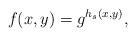
LaTeX: \begin{align*}f(x, y) = g^{h_s(x, y)},\end{align*}